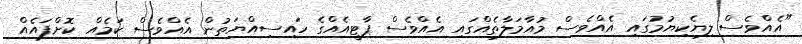
"އެއްވެސް ލިޔެކިޔުމުގައި އެއްވެސް މުއާމަލާތެއްގައި އެއްވެސް ޕާޓީއެއްގެ ހައިސިއްޔަތުން އެއްވެސް ކަމެއް ކޮށްފައެއް